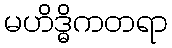
မဟိဒ္ဓိကတရာ